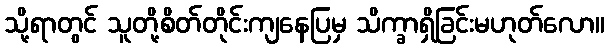
သို့ရာတွင် သူတို့စိတ်တိုင်းကျနေပြမှ သိက္ခာရှိခြင်းမဟုတ်လော။